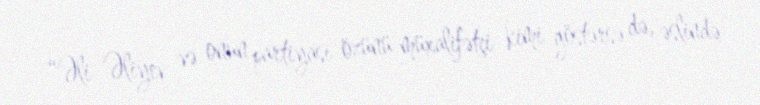
“Əli Əliyev və onun partiyası özünü müxalifətçi kimi göstərsə də, əslində